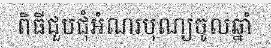
ពិធីជួបជុំអំណរបុណ្យចូលឆ្នាំ